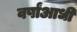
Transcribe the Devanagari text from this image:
वर्षांआधी